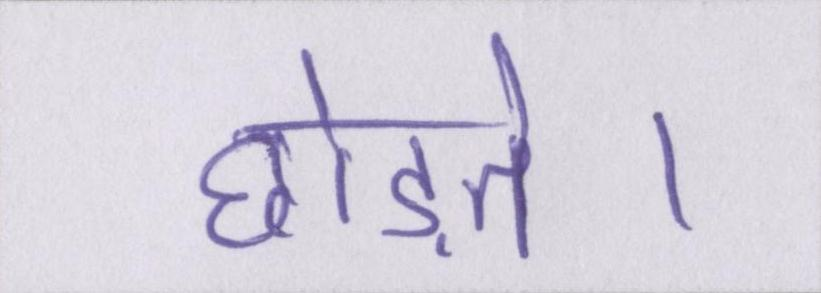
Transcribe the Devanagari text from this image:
छोड़ते।